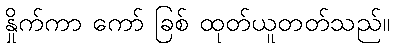
နှိုက်ကာ ကော် ခြစ် ထုတ်ယူတတ်သည်။